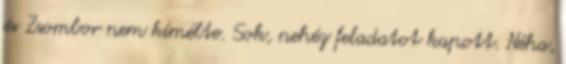
és Zsombor nem kímélte. Sok, nehéz feladatot kapott. Néha,